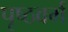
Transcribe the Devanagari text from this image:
पृष्ठवर्म